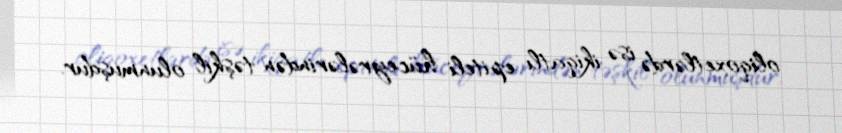
oliqoxetlərdə isə ikiqatlı epiteli hüceyrələrindən təşkil olunmuşdur.